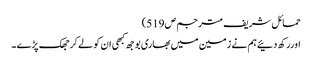
حمائل شریف مترجم ص519)
اوررکھ دئیےہم نے زمین میں بھاری بوجھ کبھی ان کو لے کر جھک پڑے ۔